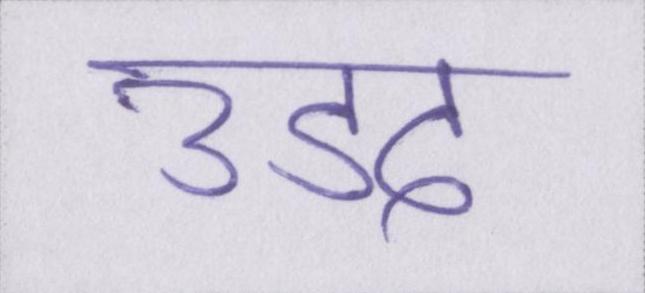
उडद